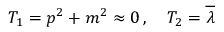
T _ { 1 } = p ^ { 2 } + m ^ { 2 } \approx 0 \, , \quad T _ { 2 } = \overline { { { \lambda } } }